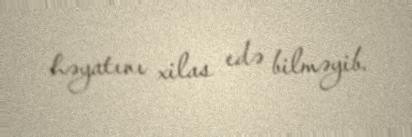
həyatını xilas edə bilməyib.